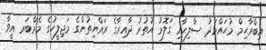
އިބްރާޙިމް މުޙައްމަދު ޞާލިޙާއި ގަލޮޅު އުތުރު ދާއިރާގެ ރައްޔިތުންގެ މަޖިލީހުގެ މެމްބަރ އީވާ